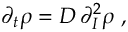
\partial _ { t } \rho = D \, \partial _ { I } ^ { 2 } \rho \; ,